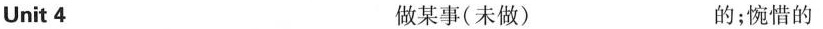
Unit4 做某事(未做) 的；惋惜的